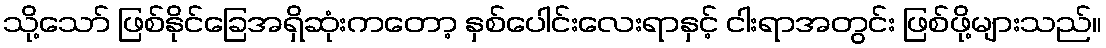
သို့သော် ဖြစ်နိုင်ခြေအရှိဆုံးကတော့ နှစ်ပေါင်းလေးရာနှင့် ငါးရာအတွင်း ဖြစ်ဖို့များသည်။